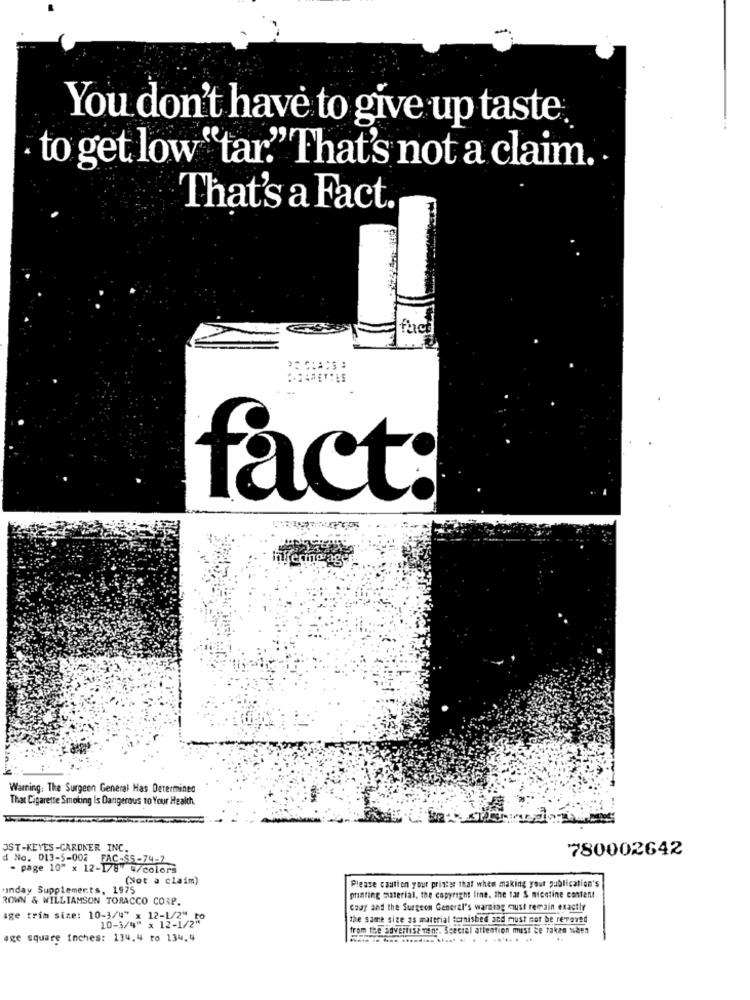
You don't have to give up taste.
· to get low "tar." That's not a claim.
That's a Fact.
fact:
Warning: The Surgeon General Has Determined
That Cigarette Smoking Is Dangerous To Your Health.
OST-KEYES-GARDNER INC.
780002642
d No. 013-5-002
- page 10" x 12-1/8"
-98 /colors
(Not a claim)
unday Supplements, 1975
Please caution your printes that when making your publication's
ROWN & WILLIAMSON TORACCO CORP.
printing material, the copyright line. the far & nicotine content
Cauy and the Surgeon General's warning must remain exactly
age trim size: 10-3/4" x 12-1/2" to
10-3/4" x 12-1/2"
the same size as material fornished and must sor be reveved
from the advertise ning. Scecial attention must be taken when
age square inches: 134.4 to 134.4